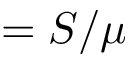
= S / \mu